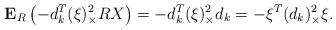
LaTeX: \begin{align*}\textbf{E}_R \left( -d_k^T (\xi)_{\times}^2 RX \right) = -d_k^T (\xi)_{\times}^2 d_k = -\xi^T (d_k)_{\times}^2 \xi.\end{align*}